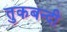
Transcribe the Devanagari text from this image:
तुकबन्दी